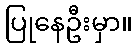
ပြုနေဦးမှာ။